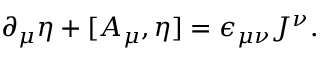
\partial _ { \mu } \eta + [ A _ { \mu } , \eta ] = \epsilon _ { \mu \nu } J ^ { \nu } .